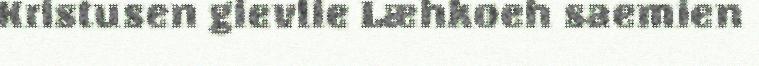
Kristusen gievlie Læhkoeh saemien